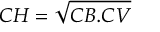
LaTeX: C H = { \sqrt { C B . C V } }